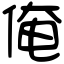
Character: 俺